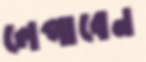
লেপাবেন